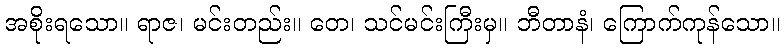
အစိုးရသော။ ရာဇ၊ မင်းတည်း။ တေ၊ သင်မင်းကြီးမှ။ ဘီတာနံ၊ ကြောက်ကုန်သော။